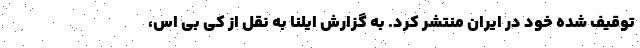
توقیف شده خود در ایران منتشر کرد. به گزارش ایلنا به نقل از کی بی اس،